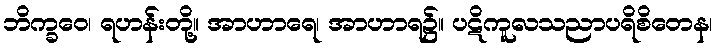
ဘိက္ခဝေ၊ ရဟန်းတို့။ အာဟာရေ၊ အာဟာရ၌။ ပဋိကူလသညာပရိစိတေန၊